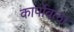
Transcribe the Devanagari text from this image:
कार्पोवला